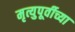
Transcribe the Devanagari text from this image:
मृत्युपूर्वीच्या